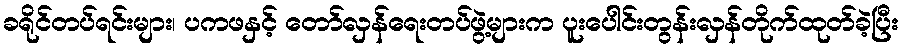
ခရိုင်တပ်ရင်းများ၊ ပကဖနှင့် တော်လှန်ရေးတပ်ဖွဲ့များက ပူးပေါင်းတွန်းလှန်တိုက်ထုတ်ခဲ့ပြီး